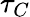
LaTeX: \tau_{C}